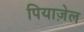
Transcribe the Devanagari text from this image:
पियाज़ेल